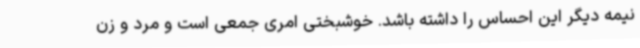
نیمه دیگر این احساس را داشته باشد. خوشبختی امری جمعی است و مرد و زن